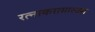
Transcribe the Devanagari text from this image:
रत्नाकरासारख्या